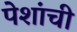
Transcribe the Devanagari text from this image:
पेशांची